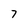
Character: 7